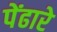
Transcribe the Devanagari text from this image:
पेंढारे